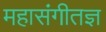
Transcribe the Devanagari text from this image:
महासंगीतज्ञ